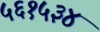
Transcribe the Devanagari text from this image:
५६१५३४